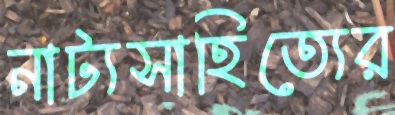
নাট্যসাহিত্যের